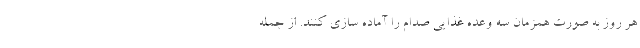
هر روز به صورت همزمان سه وعده غذایی صدام را آماده سازی کنند. از جمله